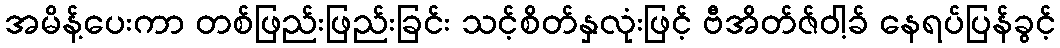
အမိန့်ပေးကာ တစ်ဖြည်းဖြည်းခြင်း သင့်စိတ်နှလုံးဖြင့် ဗီအိတ်ဇ်ဝါ့ခ် နေရပ်ပြန်ခွင့်